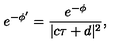
e ^ { - \phi ^ { \prime } } = \frac { e ^ { - \phi } } { | c \tau + d | ^ { 2 } } ,